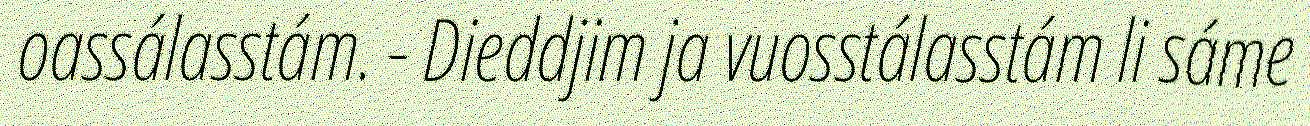
oassálasstám. - Dieddjim ja vuosstálasstám li sáme